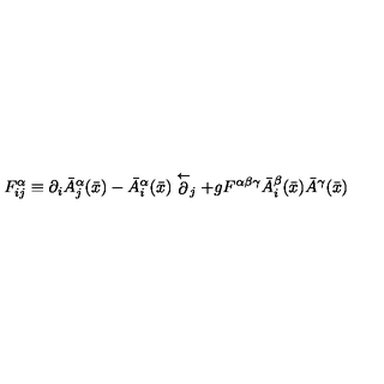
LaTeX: F _ { i j } ^ { \alpha } \equiv \partial _ { i } \bar { A } _ { j } ^ { \alpha } ( \bar { x } ) - \bar { A } _ { i } ^ { \alpha } ( \bar { x } ) \stackrel { \leftarrow } \partial _ { j } + g F ^ { \alpha \beta \gamma } \bar { A } _ { i } ^ { \beta } ( \bar { x } ) \bar { A } ^ { \gamma } ( \bar { x } )